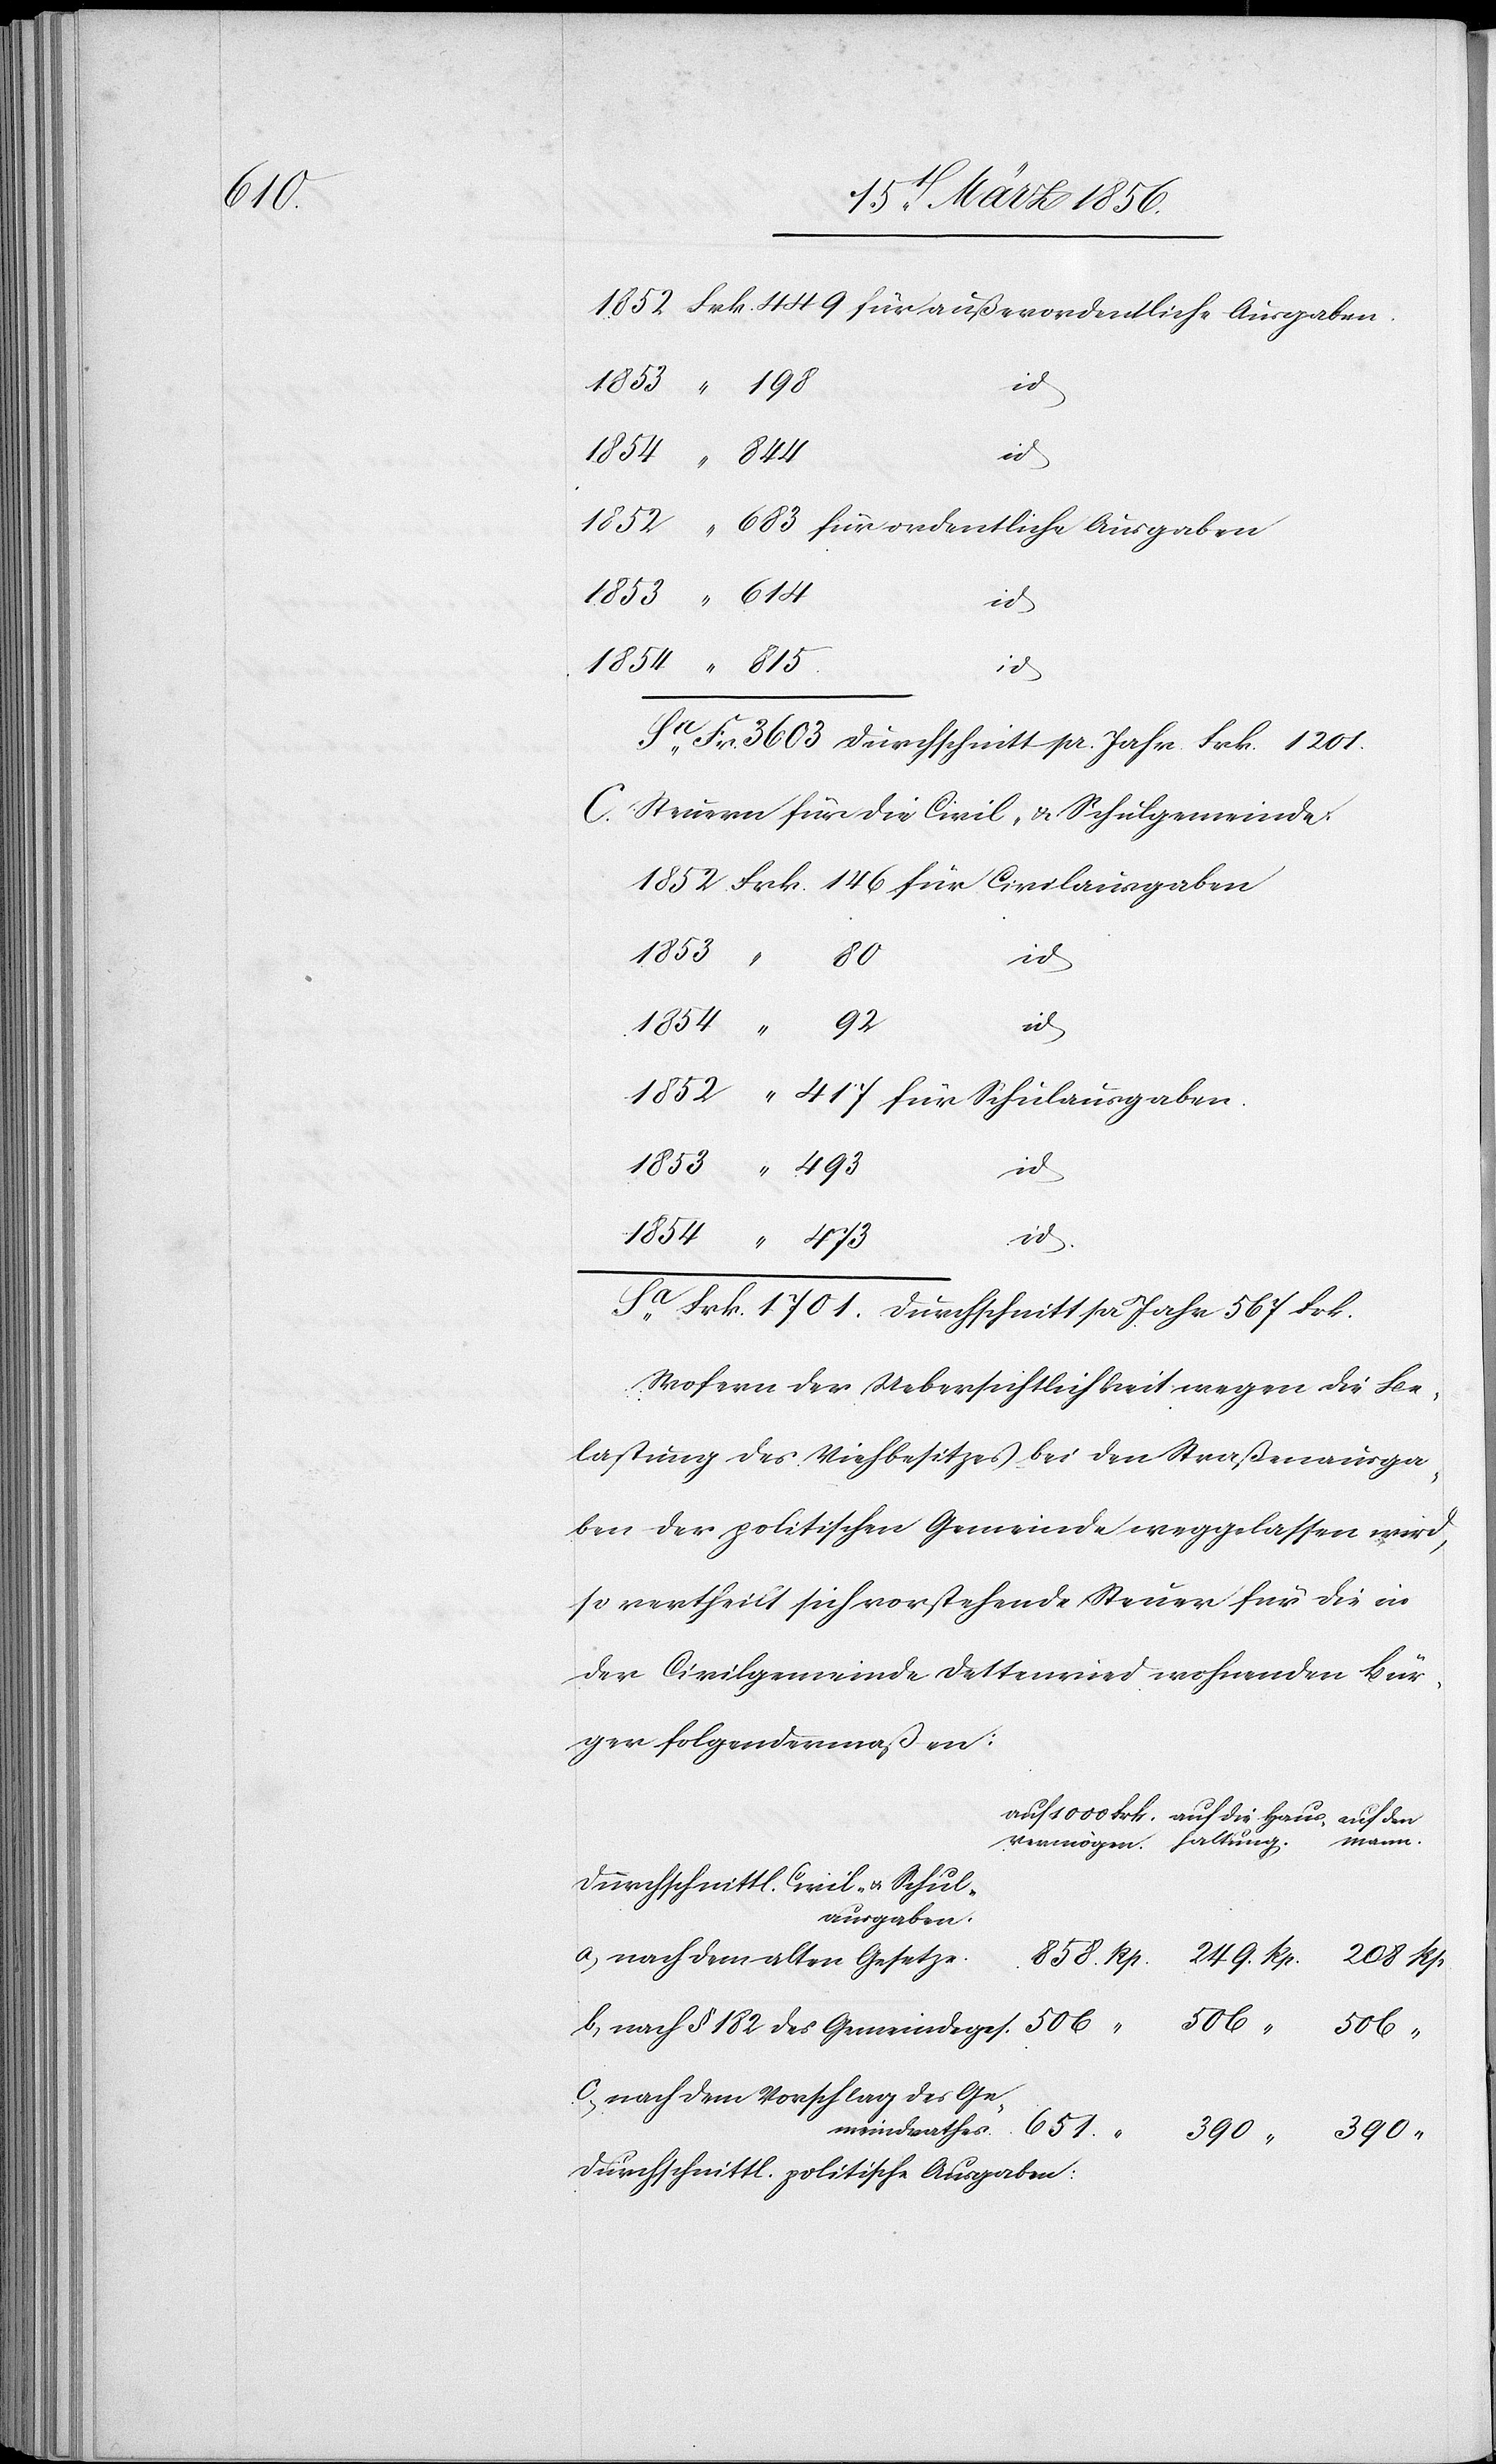
651.

1852	Frk.	 449	für außerordentliche Ausgaben.
1852	 “	 683 	für ordentliche Ausgaben
auf
des
Sa	Fr.	3603 	Durchschnitt pr. Jahr Frk. 1201.
C. Steuern für die Civil- & Schulgemeinde:
Rp.
1852	 “	 417	für Schulausgaben
858.
Sa	Frk. 1701.	Durchschnitt pr Jahr 567 Frk.
Wofern der Uebersichtlichkeit wegen die Be¬
lastung des Viehbesitzes bei den Straßenausga¬
ben der politischen Gemeinde weggelassen wird,
so vertheilt sich vorstehende Steuer für die in
der Civilgemeinde Dettenried wohnenden Bür¬
ger folgendermaßen:
Durchschnittl. Civil- u. Schul¬
ausgaben.
a, nach dem alten Gesetze.
c, nach dem Vorschlag des Ge¬
meindrathes
Durchschnittl. politische Ausgaben: